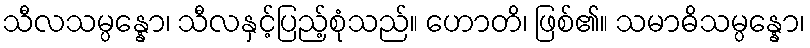
သီလသမ္ပန္နော၊ သီလနှင့်ပြည့်စုံသည်။ ဟောတိ၊ ဖြစ်၏။ သမာဓိသမ္ပန္နော၊